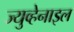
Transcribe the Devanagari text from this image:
ज्युव्हेनाइल